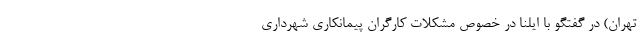
تهران) در گفتگو با ایلنا در خصوص مشکلات کارگران پیمانکاری شهرداری